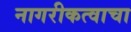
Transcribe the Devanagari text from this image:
नागरीकत्वाचा